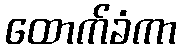
ထောက်ခံကာ